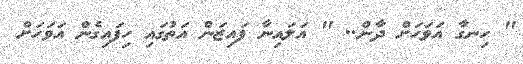
" ހިނގާ އަވަހަށް ދާން.. " އަލައިނާ ފައިޒަން އަތުގައި ހިފައިގެން އަވަހަށް